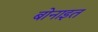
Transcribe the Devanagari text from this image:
बोनाइत